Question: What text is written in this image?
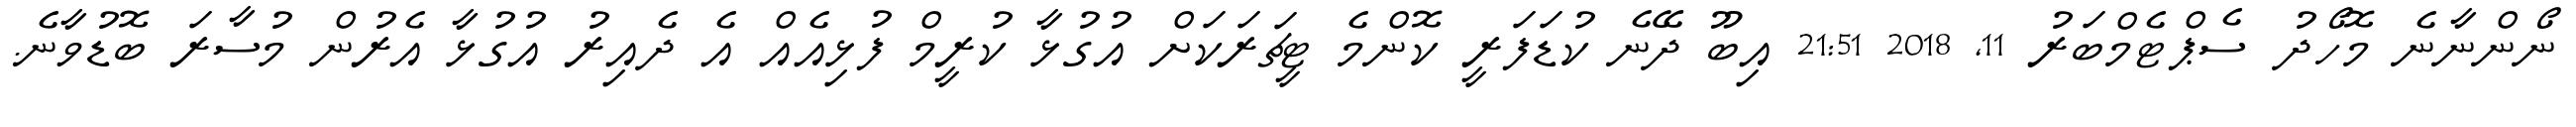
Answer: ނޯންނާނެ މޮހޯދު ސެޕްޓެމްބަރު 11, 2018 21:51 އިބޫ ދޭނެ ކުޑަފަރީ ކޮންމެ ޓީޗަރަކަށް އުގުޅާ ކުރީމް ފުޅިއެއް އެ ދެއިރު އުގުޅާ އެރުން މުސާރަ ބޮޑުވާނެ.